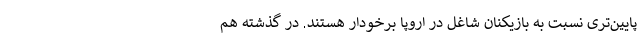
پایین‌تری نسبت به بازیکنان شاغل در اروپا برخودار هستند. در گذشته هم